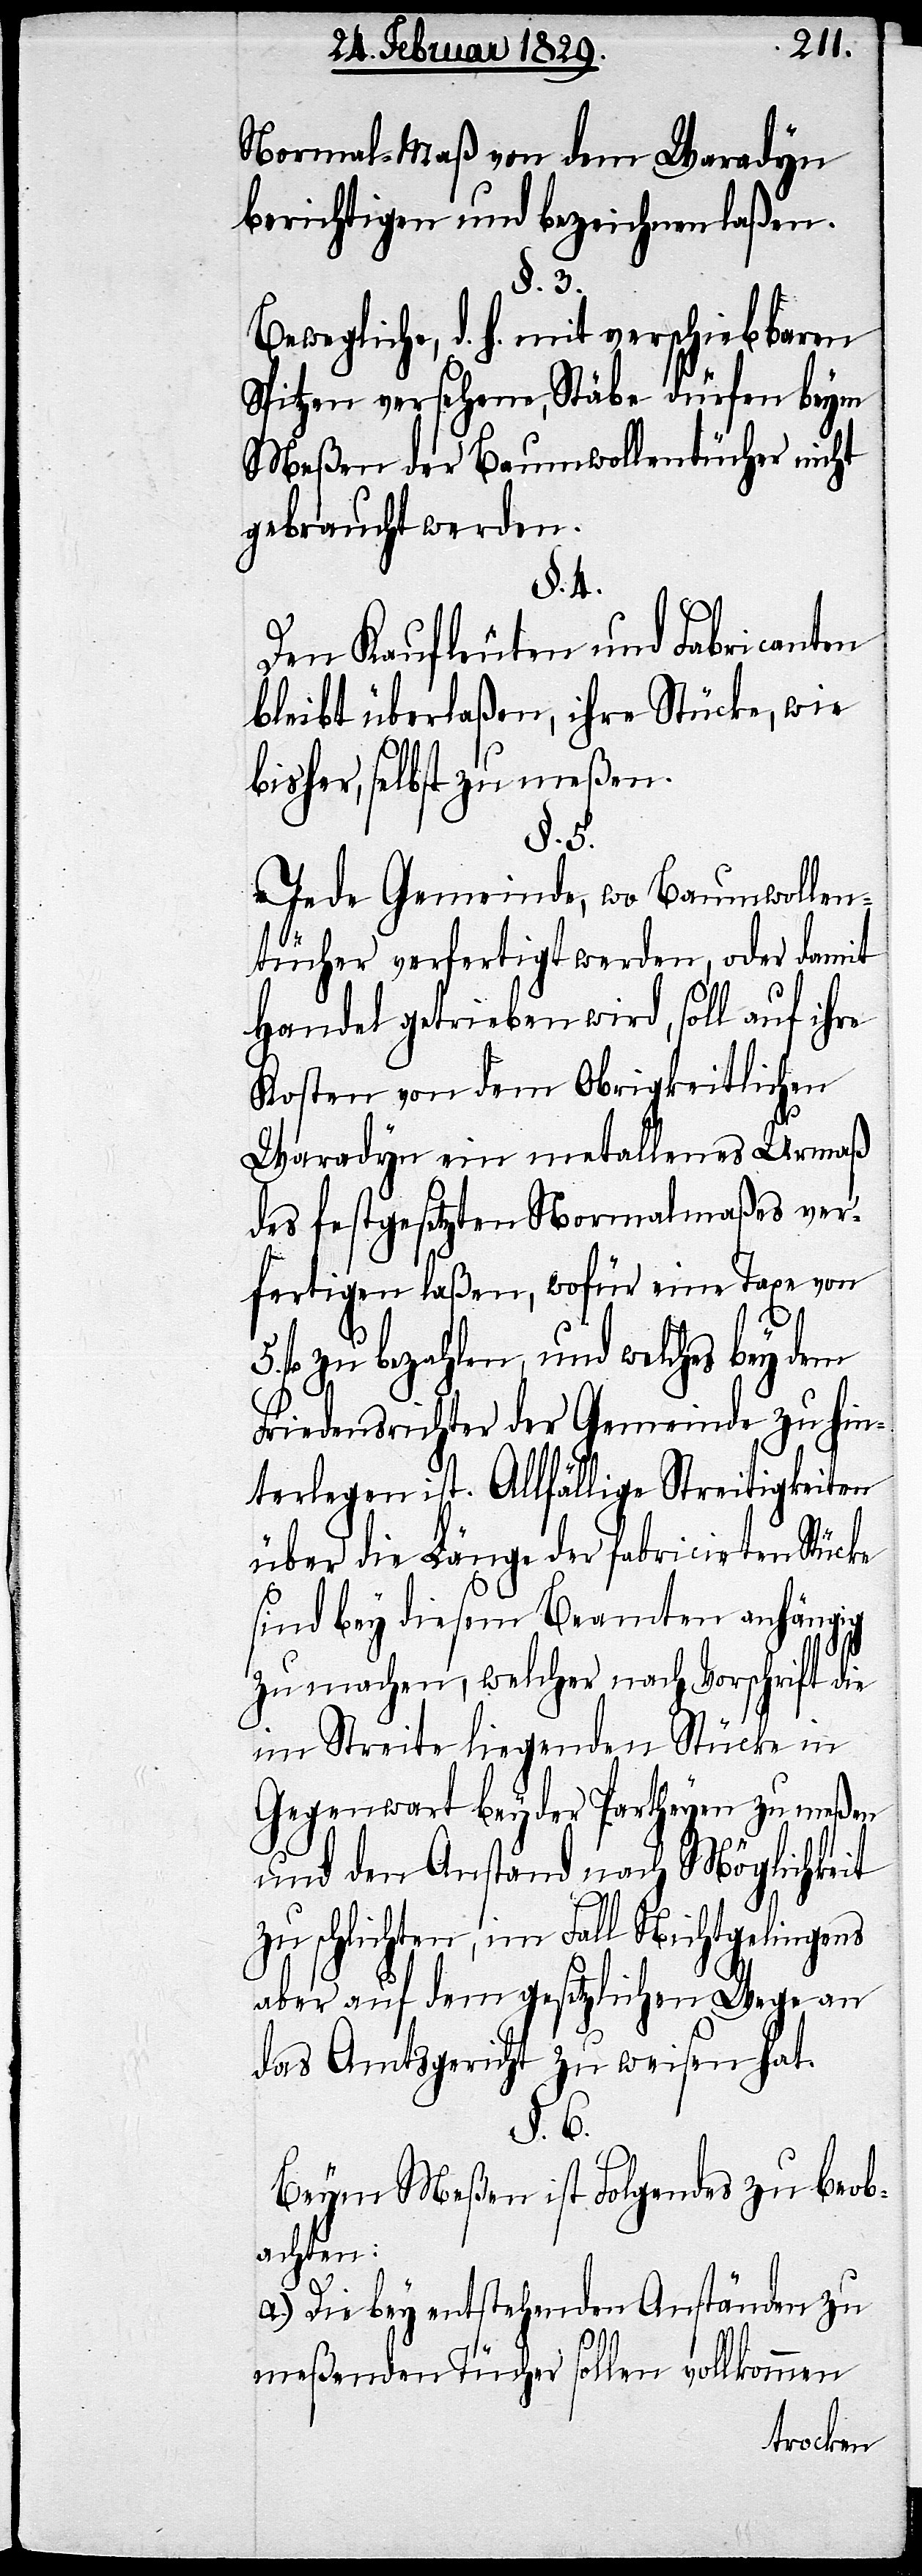
Normal-Maß von dem Waradyn
berichtigen und bezeichnen laßen.
§. 3.
Bewegliche, d. h. mit verschiebbaren
Spitzen versehene, Stäbe dürfen beym
Meßen der Baumwollentücher nicht
gebraucht werden.
§. 4.
Den Kaufleuten und Fabricanten
bleibt überlaßen, ihre Stücke, wie
bisher, selbst zu meßen.
5.
Jede Gemeinde, wo Baumwollen¬
tücher verfertigt werden, oder damit
Handel getrieben wird, soll auf ihre
Kosten von dem Obrigkeitlichen
Waradyn ein metallenes Urmaß
des festgesetzten Nomalmaßes ver¬
fertigen laßen, wofür eine Taxe von
fl. zu bezahlen, und welches bey dem
Friedensrichter der Gemeinde zu hin¬
terlegen ist. Allfällige Streitigkeiten
über die Länge der fabricirten Stücke
sind bey diesem Beamten anhängig
zu machen, welcher nach Vorschrift die
im Streite liegenden Stücke in
Gegenwart beyder Partheyen zu meßen
und den Anstand nach Möglichkeit
schlichten, im Fall Nichtgelingens
aber auf dem gesetzlichen Wege an
das Amtsgericht zu weisen hat.
§. 6.
Beym Meßen ist Folgendes zu beob¬
achten:
a.) Die bey entstehenden Anständen zu
meßenden Tüchern sollen vollkommen